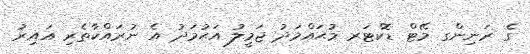
ގެ ރަނިންގ މޭޓް ޑޮކްޓަރ މުޙައްމަދު ޖަމީލު އަޙުމަދު އެ ނުރައްކާތެރި ޣައިރު